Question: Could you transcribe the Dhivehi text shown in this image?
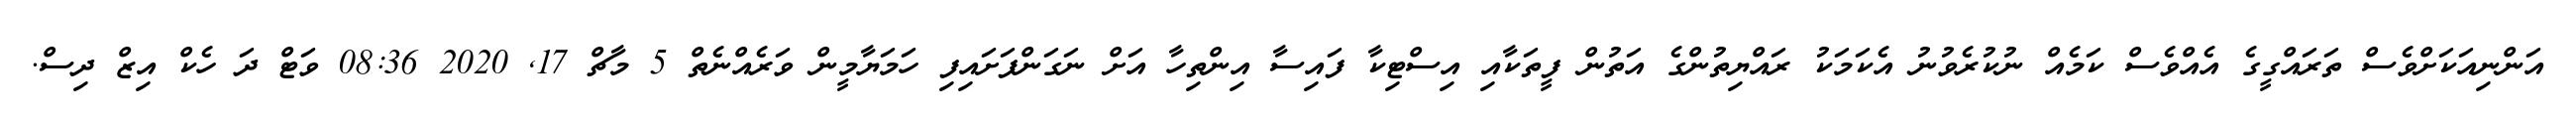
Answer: އަންނިއަކަށްވެސް ތަރައްގީގެ އެއްވެސް ކަމެއް ނުކުރެވުނު އެކަމަކު ރައްޔިތުންގެ އަތުން ފީތަކާއި އިސްޓިކާ ފައިސާ އިންތިހާ އަށް ނަގަންފަށައިފި ހަމަޔާމީން ވަރެއްނެތް 5 މާޗް 17, 2020 08:36 ވަޓް ދަ ހެކް އިޒް ދިސް.